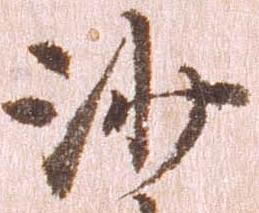
沙